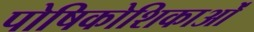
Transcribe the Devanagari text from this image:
पोषिकोशिकाओं